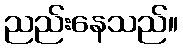
ညည်းနေသည်။